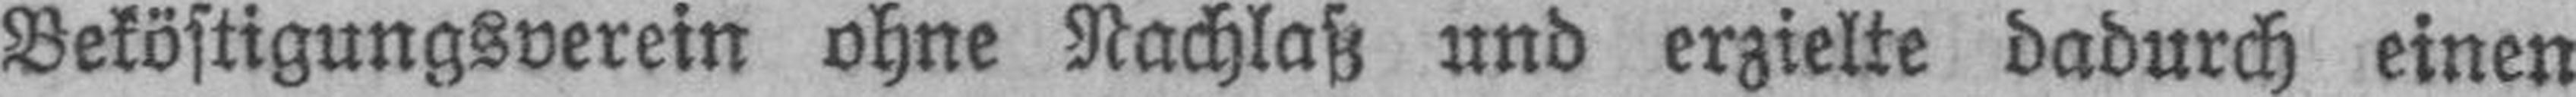
Beköstigungsverein ohne Nachlaß und erzielte dadurch einen